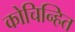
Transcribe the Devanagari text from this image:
कोचिन्हित